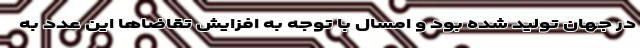
در جهان تولید شده بود و امسال با توجه به افزایش تقاضاها این عدد به